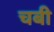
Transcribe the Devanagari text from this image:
चबी